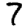
Digit: 7